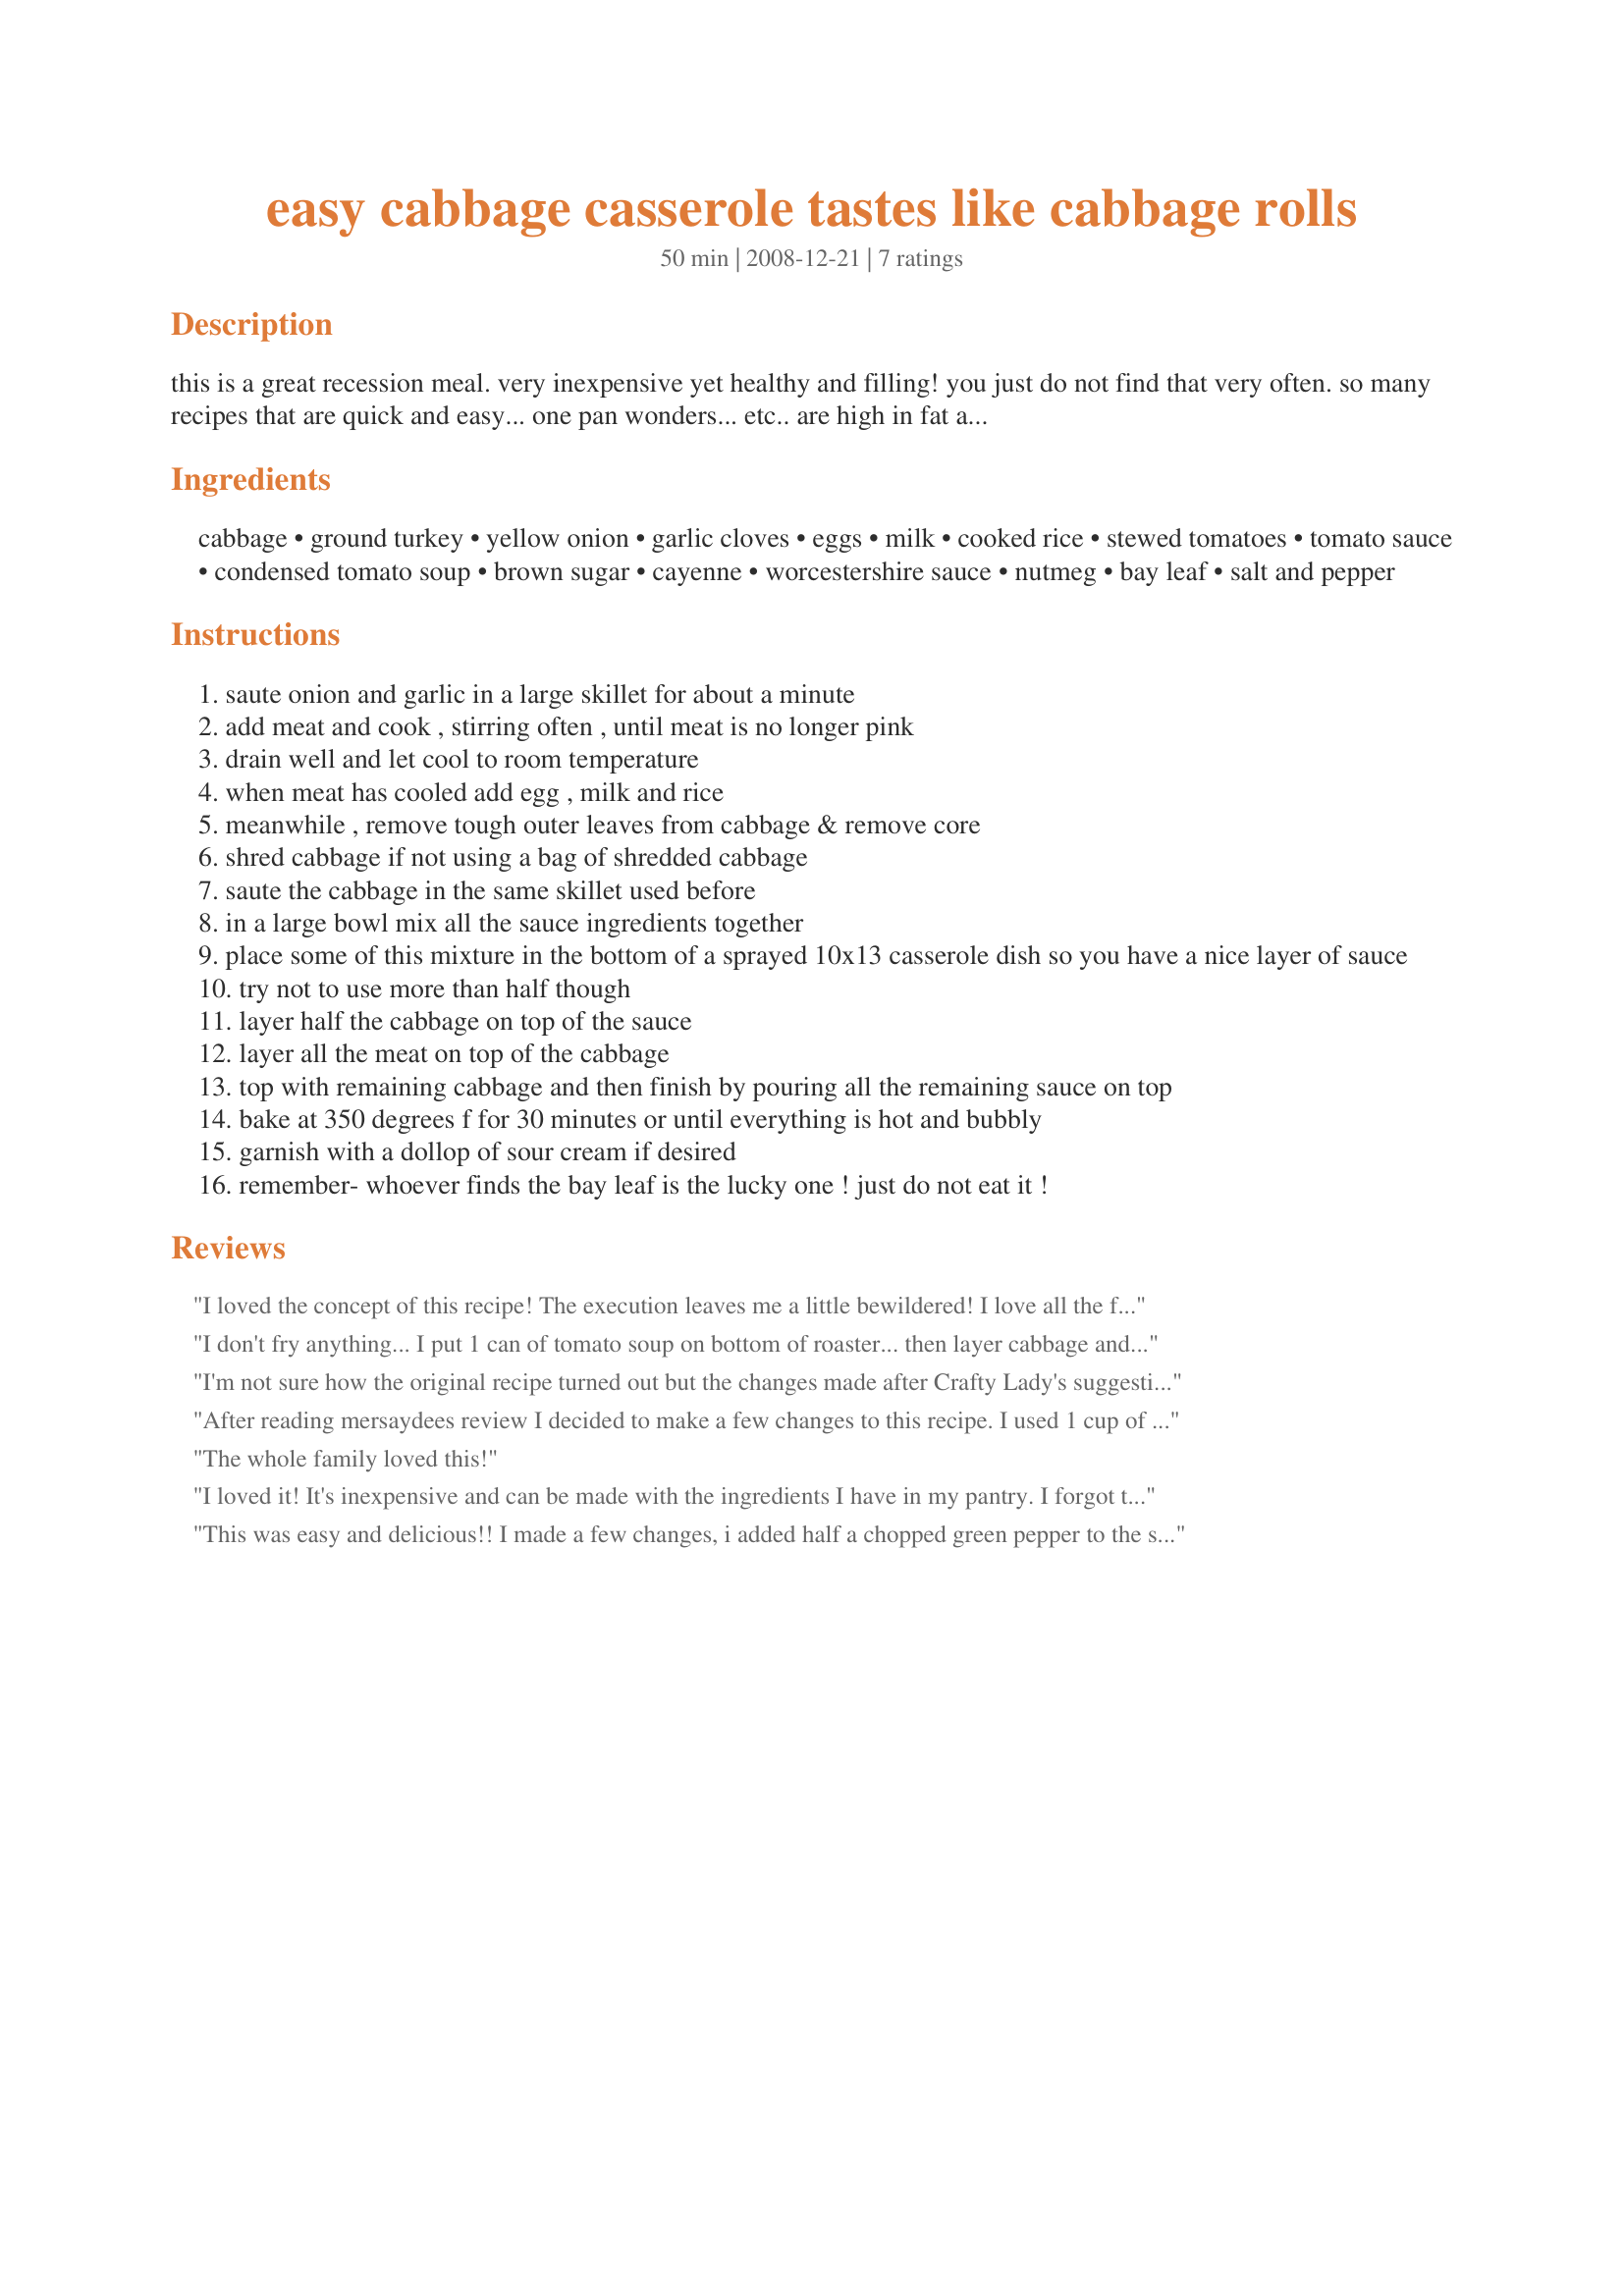
easy cabbage casserole tastes like cabbage rolls
Preparation time: 50 minutes

this is a great recession meal. very inexpensive yet healthy and filling! you just do not find that very often. so many recipes that are quick and easy... one pan wonders... etc.. are high in fat and calories and lack much nutrition. i like to hide more veggies in here too! think carrots, celery, etc,, grated, diced, chopped whatever. if you like spicy foods try hot & spicy v8 here and you can even add some cayenne if you like. there is just something we like about spicy mixed with sweet- so the hint of sweetness in the sauce is fantastic. at my house, whoever finds the bay leaf is the lucky one! just do not eat it hope you enjoy this comforting casserole!

Ingredients:
cabbage, ground turkey, yellow onion, garlic cloves, eggs, milk, cooked rice, stewed tomatoes, tomato sauce, condensed tomato soup, brown sugar, cayenne, worcestershire sauce, nutmeg, bay leaf, salt and pepper

Steps:
saute onion and garlic in a large skillet for about a minute
add meat and cook , stirring often , until meat is no longer pink
drain well and let cool to room temperature
when meat has cooled add egg , milk and rice
meanwhile , remove tough outer leaves from cabbage & remove core
shred cabbage if not using a bag of shredded cabbage
saute the cabbage in the same skillet used before
in a large bowl mix all the sauce ingredients together
place some of this mixture in the bottom of a sprayed 10x13 casserole dish so you have a nice layer of sauce
try not to use more than half though
layer half the cabbage on top of the sauce
layer all the meat on top of the cabbage
top with remaining cabbage and then finish by pouring all the remaining sauce on top
bake at 350 degrees f for 30 minutes or until everything is hot and bubbly
garnish with a dollop of sour cream if desired
remember- whoever finds the bay leaf is the lucky one ! just do not eat it !

Reviews:
I loved the concept of this recipe! The execution leaves me a little bewildered! I love all the flavors from the ingredients, it's just that when I followed the recipe I got cabbage soup! Now, if this was marketed as a soup it could be a 4! There's just so much liquid and not much to absorb it into a casserole. Thanks, Mama's Kitchen! <b>Made for Bevy Tag Game</b>.
I don't fry anything... I put 1 can of tomato soup on bottom of roaster... then layer cabbage and then meat and then cabbage. I then add a can of tomato juice and lastly another can of tomato soup on top.... Foil the top and bake in oven for 2 or 3 hours at 375... I use the same spices as you do... My meat mixture has one egg and 1/2 cup instant rice in it ...
I'm not sure how the original recipe turned out but the changes made after Crafty Lady's suggestions were amazing! I made the recipe exactly given those changes and lovd it. I let it cook a little longer just to ensure it wasn't soupy and it came out perfect, not watery at all like I feared. Awesome, easier way to make cabbage rolls! Thanks!
After reading mersaydees review I decided to make a few changes to this recipe. I used 1 cup of rice, replaced the chicken broth with an 8 oz. can of tomato sauce and replaced the 12 oz. of vegetable juice with one can of tomato soup. I also lightly sauteed the cabbage to make up for the decrease in liquids. I followed the rest of the recipe as written and topped it off with some mozzarella cheese during the last 5 minutes of cooking. It turned out GREAT! The flavors were better than the cabbage rolls that I have had before without all the trouble of rolling up individual rolls. I really loved the taste the freshly ground nutmeg and cayenne pepper added to this dish. I will be making this dish often whenever I am in the mood for cabbage rolls. Made for February, 2008 Bevy Tag.
The whole family loved this!
I loved it! It's inexpensive and can be made with the ingredients I have in my pantry. I forgot to add milk, though. Also, I didn't use the oven. Instead, I cooked in a deep non-stick pan for a shorter time. It turned out great!
This was easy and delicious!! I made a few changes, i added half a chopped green pepper to the saut&eacute;ed onions and garlic, dashes of italian seasoning, 1 14.5oz can of diced tomatoes and 1 15oz can of tomato sauce. I will definitely be making this dish again.
